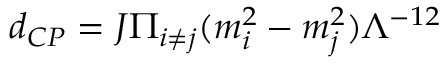
d _ { C P } = J \Pi _ { i \neq j } ( m _ { i } ^ { 2 } - m _ { j } ^ { 2 } ) \Lambda ^ { - 1 2 }